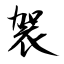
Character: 袈